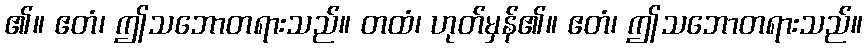
၏။ ဧတံ၊ ဤသဘောတရားသည်။ တထံ၊ ဟုတ်မှန်၏။ ဧတံ၊ ဤသဘောတရားသည်။